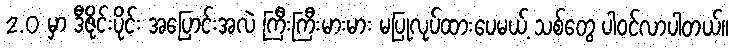
2.0 မှာ ဒီဇိုင်းပိုင်း အပြောင်းအလဲ ကြီးကြီးမားမား မပြုလုပ်ထားပေမယ့် သစ်တွေ ပါဝင်လာပါတယ်။